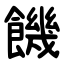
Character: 饑